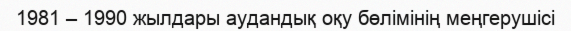
1981 – 1990 жылдары аудандық оқу бөлімінің меңгерушісі